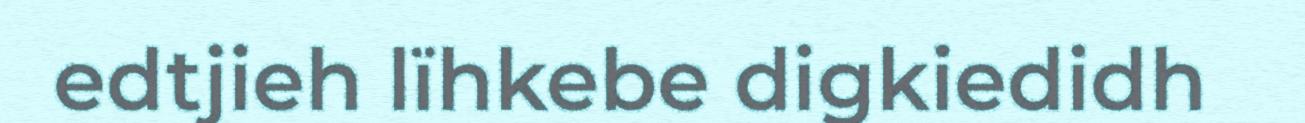
edtjieh lïhkebe digkiedidh